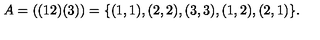
A = ( ( 1 2 ) ( 3 ) ) = \{ ( 1 , 1 ) , ( 2 , 2 ) , ( 3 , 3 ) , ( 1 , 2 ) , ( 2 , 1 ) \} { } .